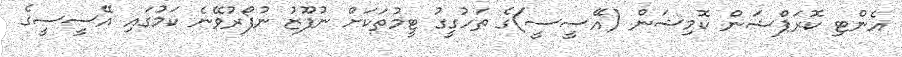
އެންޓި ކޮރަޕްޝަން ކޮމިޝަން (އޭސީސީ)ގެ ތަހުގީގު ޓީމުތަކަށް ނުފޫޒު ނުފޯރުވޭނެ ކަމުގައި އޭސީސީގެ